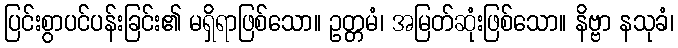
ပြင်းစွာပင်ပန်းခြင်း၏ မရှိရာဖြစ်သော။ ဥတ္တမံ၊ အမြတ်ဆုံးဖြစ်သော။ နိဗ္ဗာ နသုခံ၊